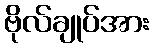
ဗိုလ်ချုပ်အား